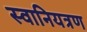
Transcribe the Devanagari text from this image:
स्वानियत्रण